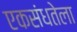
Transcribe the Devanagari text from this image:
एकसंधतेला